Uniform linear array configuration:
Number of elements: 12
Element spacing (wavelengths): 0.5
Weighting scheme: kaiser
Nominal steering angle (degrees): -15
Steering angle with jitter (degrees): -16.565
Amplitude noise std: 0.05
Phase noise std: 0.05

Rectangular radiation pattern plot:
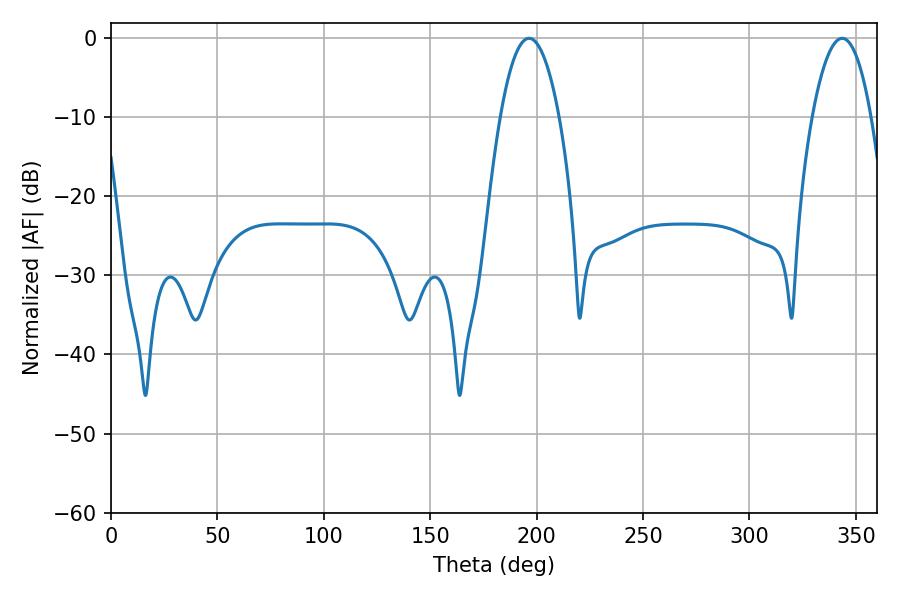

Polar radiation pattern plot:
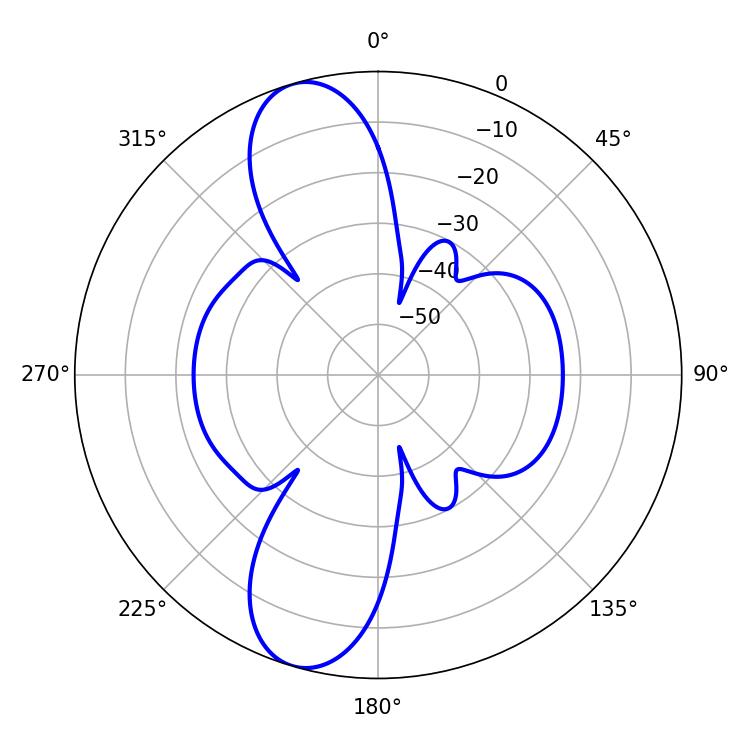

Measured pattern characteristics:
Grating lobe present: FALSE
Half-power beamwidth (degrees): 15.3
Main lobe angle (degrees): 196.38